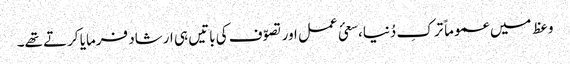
وعظ میں عموماً ترکِ دُنیا،سعئ عمل اور تصوّف کی باتیں ہی ارشاد فرمایا کرتے تھے۔